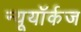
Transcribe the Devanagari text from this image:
न्यूयॉर्कज